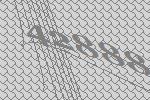
42888